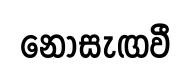
නොසැඟවී